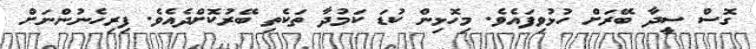
ގޮސް ސީދާ ބޭރަށް ހުޅުވިފައެވެ. މިހޮޅިން ކުޑަ ކަމުދާ ތަކެތި ބޭރުކޮށްދެއެވެ. ފިރިހެނުންނަށް